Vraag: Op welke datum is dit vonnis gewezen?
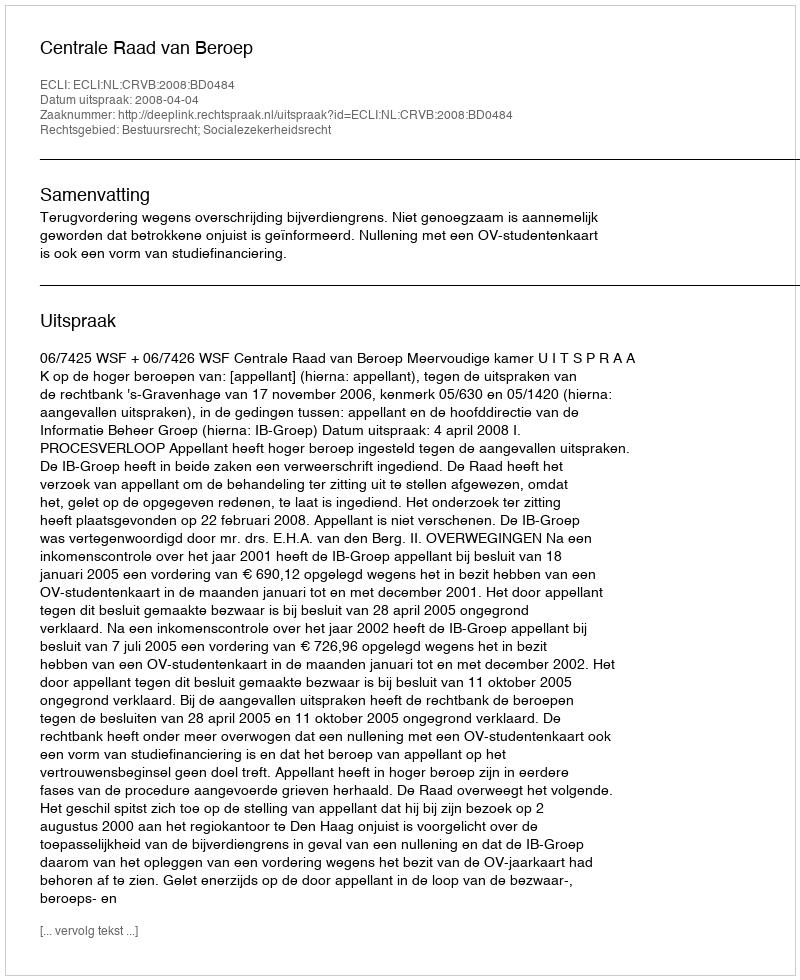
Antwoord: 2008-04-04